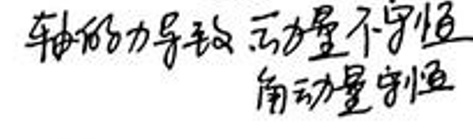
车所受的力导教，动量不守恒\\
角动量守恒